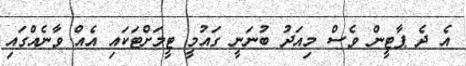
އެ ދެ ޕާޓީން ވެސް މިއަދު ބުނަނީ ގައުމީ ޓީމަށްޓަކައި އެއް ވާނެއްގައި